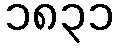
၁၈၃၁